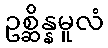
ဥစ္ဆိန္နမူလံ